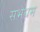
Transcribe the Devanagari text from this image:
सभधम